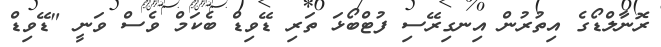
ރޮނާލްޑޯގެ އިތުރުން އިނގިރޭސި ފުޓްބޯޅަ ތަރި ޑޭވިޑް ބެކަމް ވެސް ވަނީ "ޑޭވިޑް